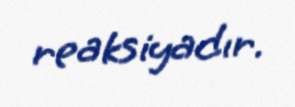
reaksiyadır.